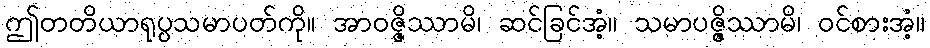
ဤတတိယာရုပ္ပသမာပတ်ကို။ အာဝဇ္ဇိဿာမိ၊ ဆင်ခြင်အံ့။ သမာပဇ္ဇိဿာမိ၊ ဝင်စားအံ့။